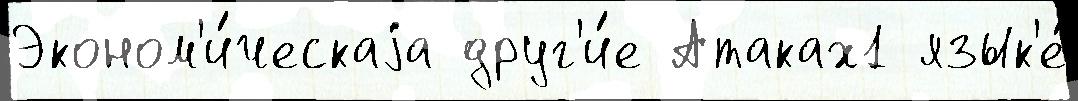
Эконом'и́ческаjа друг'и́е Атаках1 язык'е́